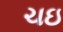
ચઇ